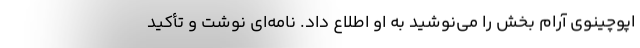
اپوچینوی آرام بخش را می‌نوشید به او اطلاع داد.‌ نامه‌ای نوشت و تأکید